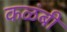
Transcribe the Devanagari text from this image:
कळंबी